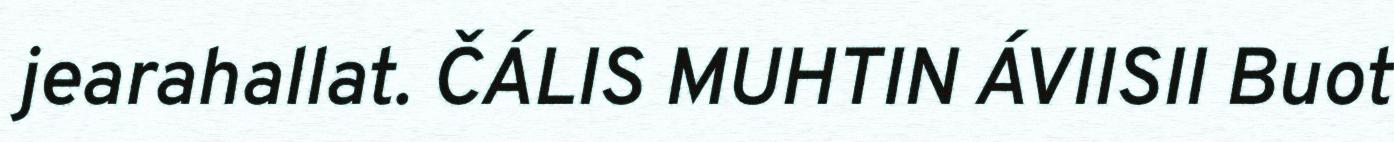
jearahallat. ČÁLIS MUHTIN ÁVIISII Buot